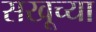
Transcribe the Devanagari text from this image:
सखूच्या